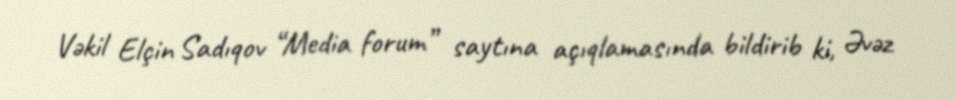
Vəkil Elçin Sadıqov “Media forum” saytına açıqlamasında bildirib ki, Əvəz